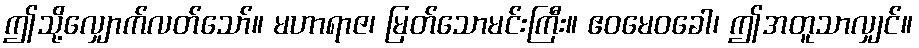
ဤသို့လျှောက်လတ်သော်။ မဟာရာဇ၊ မြတ်သောမင်းကြီး။ ဧဝမေဝခေါ၊ ဤအတူသာလျှင်။